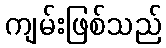
ကျမ်းဖြစ်သည်